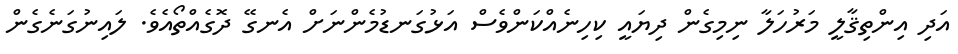
އަދި އިންތިޤާލީ މަރުހަލާ ނިމިގެން ދިޔައީ ކިހިނެއްކަންވެސް އަޅުގަނޑުމެންނަށް އެނގޭ ދޮގެއްތޯއެވެ. ލައިނުގަނެގެން